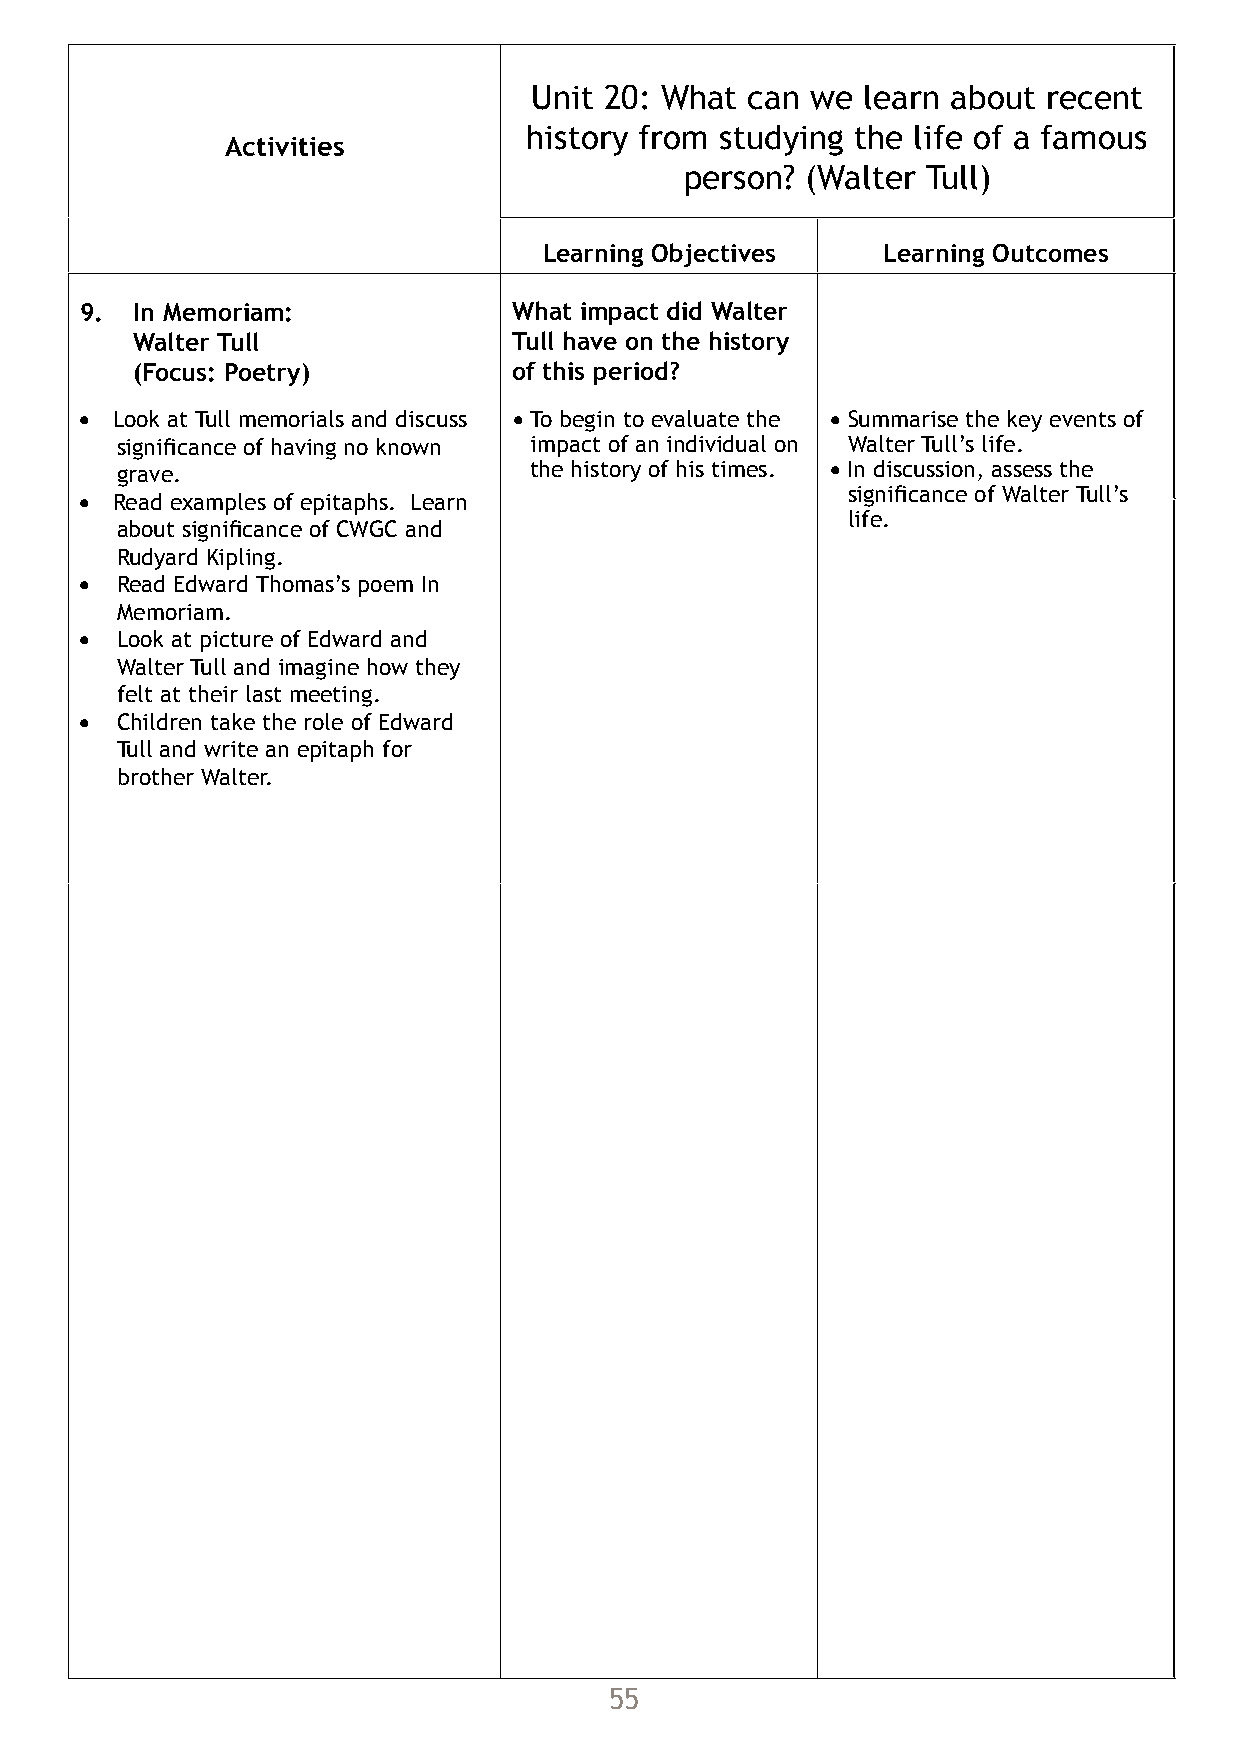
Unit 20: What  can we learn about recent
 history from studying the life of a famous
 Activities                                                                                  Literacy                      Foundation Subjects/
 person? (Walter Tull)
 additional notes
 Learning Objectives   Learning Outcomes
 Sentence 9. In Memoriam: What impact did Walter Finding information
 Y6 T1 t7 to understand how words and expressions have changed
 Walter Tull              Tull have on the history                                                                             ICT Unit 2C
 over time.
 (Focus: Poetry)          of this period?                                                                                      Link to History Unit 17:
 What are we remembering on
 Y6 T1 t9 to understand how new words have been added to the
 • Look at Tull memorials and discuss • To begin to evaluate the • Summarise the key events of                                      Remembrance Day? (For Y6)
 language. significance of having no known impact of an individual on Walter Tull’s life.
 grave.                     the history of his times. • In discussion, assess the                                               • To ask and answer relevant
 • Read examples of epitaphs. Learn                 significance of Walter Tull’s                                                   questions from the past
 life.
 about significance of CWGC and                                                                                                 • To compare and contrast
 Text
 Rudyard Kipling.                                                                                                                information about
 Y6 T1 t2 to take account of a view point in a story.
 •  Read Edward Thomas’s poem In                                                                                                    remembrance.
 Memoriam.
 Y6 T1 t3 to articulate personal responses to literature identifying
 •  Look at picture of Edward and
 why and how a text affects the reader.
 Walter Tull and imagine how they
 felt at their last meeting.
 Y6 T2 t5 to analyse how messages, moods, feelings and attitudes
 •  Children take the role of Edward
 are conveyed in poetry.
 Tull and write an epitaph for
 brother Walter.                                                                Y6 T2 t6 to read and interpret poems in which meanings are
 implied or multi layered, to discuss challenging poems with others.
 Speaking and Listening
 63 Group discussion and interaction
 To consider examples of conflict and resolution, exploring language
 used.
 55                                                                                56
 Unit
 20:
 What
 can
 we
 learn
 about
 recent
 history
 from
 studying
 the
 life
 of
 a
 famous
 person?